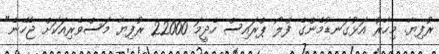
ރުފިޔާ. މިހާރު އަޅުގަނޑުމެންގެ ފްލޯ ޕްރައިސް ހެދީމަ 22000 ރުފިޔާ މަސްވެރިއަކަށް ޖެހޭނެ"